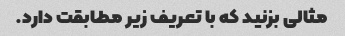
مثالی بزنید که با تعریف زیر مطابقت دارد.